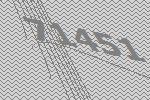
71451